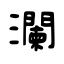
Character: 瀾